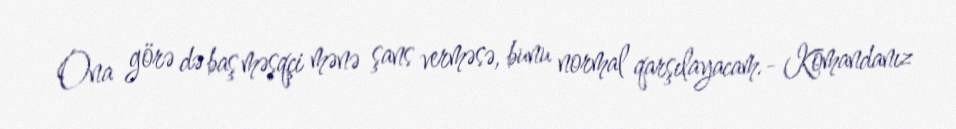
Ona görə də baş məşqçi mənə şans verməsə, bunu normal qarşılayacam.- Komandanız